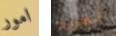
امور الطرود